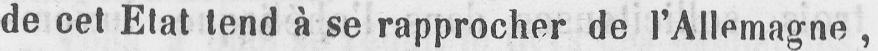
de cet Etat tend à se rapprocher de l’Allemagne,